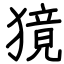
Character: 獍